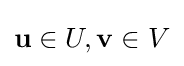
\mathbf {u} \in U,\mathbf {v} \in V